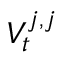
V _ { t } ^ { j , j }